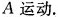
A运动。